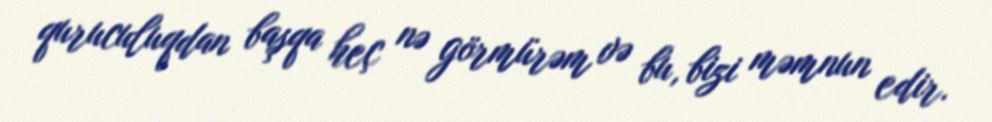
quruculuqdan başqa heç nə görmürəm və bu, bizi məmnun edir.